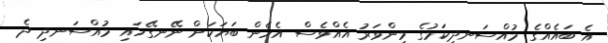
އެ ބައެއްގެ މުއްސަނދިކަމުގެ މިންވަރު އެއްވެސް އެހެން ބަޔަކަށް ނޭނގޭހައި މުއްސަނދި ދެ